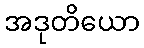
အဒုတိယော